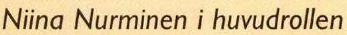
Niina Nurminen i huvudrollen